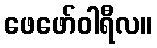
ဖေဖော်ဝါရီလ။